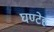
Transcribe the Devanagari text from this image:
घण्टेह